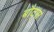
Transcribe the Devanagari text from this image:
बौट्स